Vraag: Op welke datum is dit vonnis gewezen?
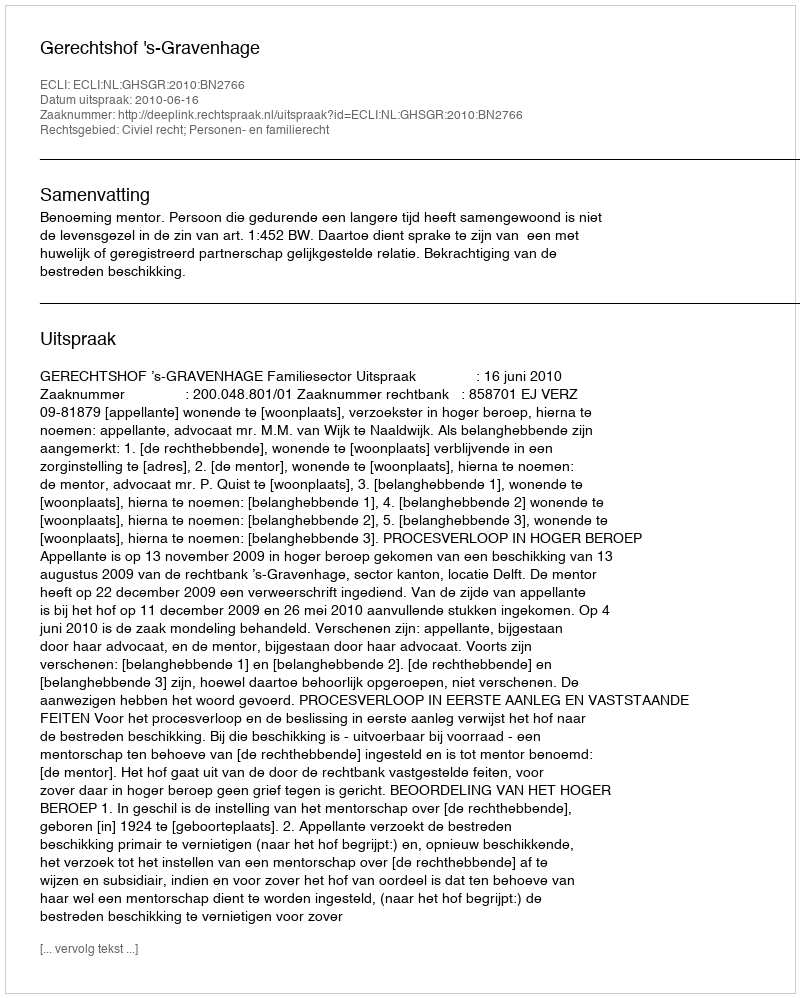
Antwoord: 2010-06-16